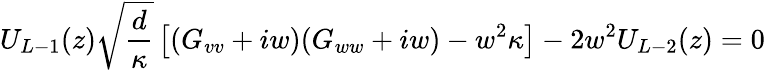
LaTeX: U_{L-1}(z)\sqrt{\frac{d}{\kappa}}\left[(G_{vv}+iw)(G_{ww}+iw)-w^{2}\kappa\right]-2w^{2}U_{L-2}(z)=0